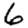
Digit: 6